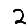
Digit: 2